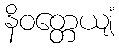
နိဝတ္တေယျံ